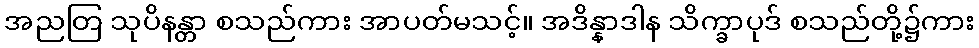
အညတြ သုပိနန္တာ စသည်ကား အာပတ်မသင့်။ အဒိန္နာဒါန သိက္ခာပုဒ် စသည်တို့၌ကား